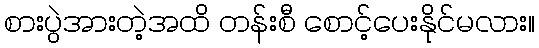
စားပွဲအားတဲ့အထိ တန်းစီ စောင့်ပေးနိုင်မလား။